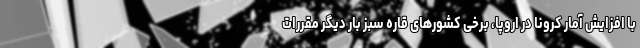
با افزایش آمار کرونا در اروپا، برخی کشورهای قاره سبز بار دیگر مقررات